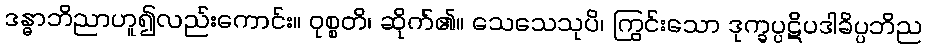
ဒန္ဓာဘိညာဟူ၍လည်းကောင်း။ ဝုစ္စတိ၊ ဆိုက်၏။ သေသေသုပိ၊ ကြွင်းသော ဒုက္ခပ္ပဋိပဒါခိပ္ပဘိည